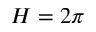
H = 2 \pi